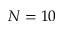
N = 1 0